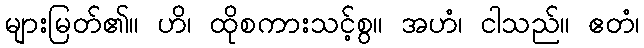
များမြတ်၏။ ဟိ၊ ထိုစကားသင့်စွ။ အဟံ၊ ငါသည်။ ဧတံ၊